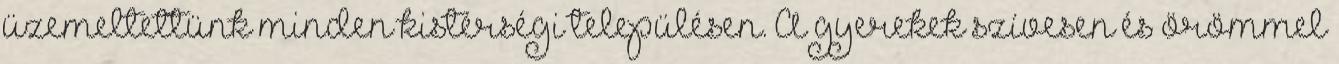
üzemeltettünk minden kistérségi településen. A gyerekek szívesen és örömmel